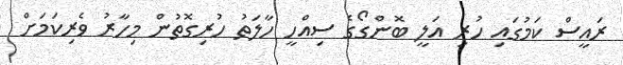
ރައީސް ކަމުގައި ހުރި އަލީ ބޮންގޯގެ ސިއްހީ ހާލަތު ހުރިގޮތުން މިހާރު ވެރިކަމަށް